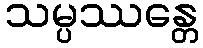
သမ္ပဿန္တေ